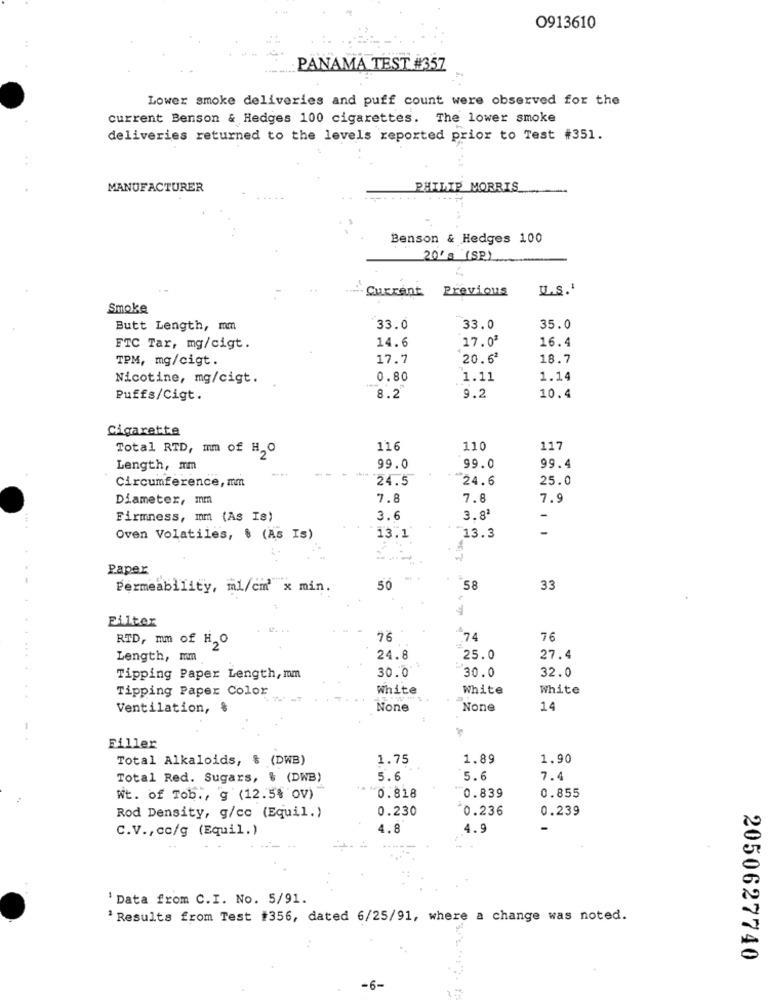
0913610
PANAMA TEST #357
Lower smoke deliveries and puff count were observed for the
current Benson & Hedges 100 cigarettes. The lower smoke
deliveries returned to the levels reported prior to Test #351.
MANUFACTURER
PHILIP MORRIS
----
Benson & Hedges 100
20's (SP)
Current
Previous
U.S.'
Smoke
Butt Length, mm
33.0
33.0
35.0
14.6
17.02
16.4
FTC Tar, mg/cigt.
TPM, mg/cigt.
17.7
20.62
18.7
Nicotine, mg/cigt.
0.80
1.11
1.14
Puffs/Cigt.
8.2
9.2
10.4
Cigarette
Total RTD, mm of H,O
116
110
117
Length, mm
99.0
99.0
99.4
Circumference, mm
24.5
24.6
25.0
Diameter, mm
7.8
7.8
7.9
Firmness, mm (As Is)
3.6
3.8ª
-
Oven Volatiles, $ (As Is)
13.1
13.3
Paper
Permeability, ml/cm' x min.
50
58
33
Filter
RTD, mm of H,O
76
$74
76
...
Length, mm
24.8
25.0
27.4
30.0
30.0
Tipping Paper Length, mm
32.0
Tipping Paper Color
White
White
White
Ventilation, &
14
Filler
Total Alkaloids, $ (DWB)
1.75
1.89
1.90
Total Red. Sugars, & (DWB)
5.6
5.6
7.4
Wt. of Tob ., g (12.5% OV)
0.818
0.839
0.855
0.230
0.236
0.239
Rod Density, g/cc (Equil.)
C.V ., co/g (Equil.)
4.8
4.9
' Data from C.I. No. 5/91.
' Results from Test #356, dated 6/25/91, where a change was noted.
2050627740
.
-6-